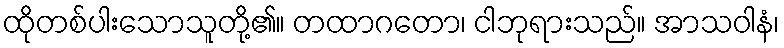
ထိုတစ်ပါးသောသူတို့၏။ တထာဂတော၊ ငါဘုရားသည်။ အာသဝါနံ၊